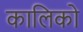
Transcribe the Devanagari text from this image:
कालिको